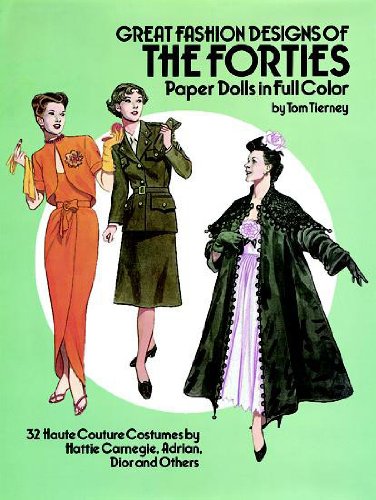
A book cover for Great Fashion Designs of the Forties Paper Dolls: 32 Haute Couture Costumes by Hattie Carnegie, Adrian, Dior and Others (Dover Paper Dolls); Tom Tierney; Crafts, Hobbies & Home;